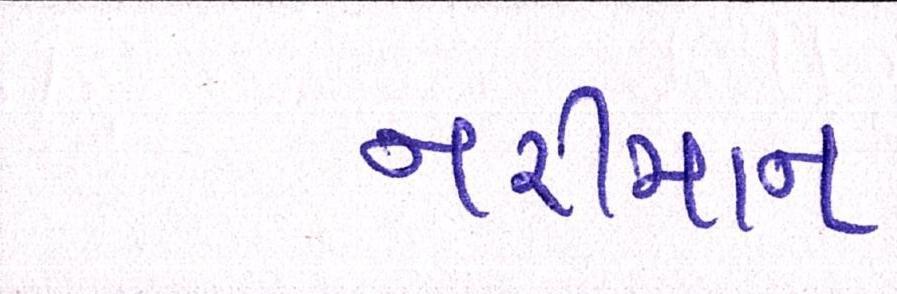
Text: નરીમાન